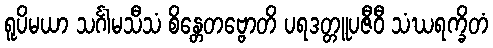
ရူပိမယာ သင်္ဂါမသီသံ စိန္တေတဗ္ဗောတိ ပရဒတ္တူပဇီဝီ သံဃရက္ခိတံ